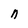
Character: n